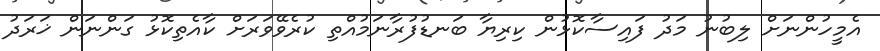
އެމީހުންނަށް ލިބުނު މަދު ފައިސާކޮޅުން ކިރިޔާ ބަނޑުފުރާނަމުއްތި ކުރެވޭވަރަށް ކާއެތިކޮޅު ގަންނަން ޚަރަދު